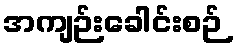
အကျဉ်းခေါင်းစဉ်